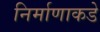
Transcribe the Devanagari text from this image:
निर्माणाकडे